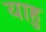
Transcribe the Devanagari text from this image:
याहु